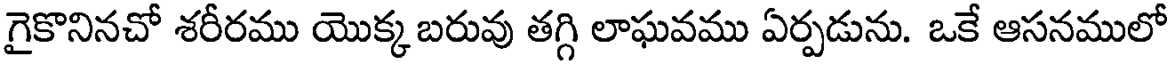
గైకొనినచో శరీరము యొక్క బరువు తగ్గి లాఘవము ఏర్పడును. ఒకే ఆసనములో